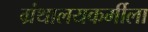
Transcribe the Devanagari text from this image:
ग्रंथालयकर्मीला